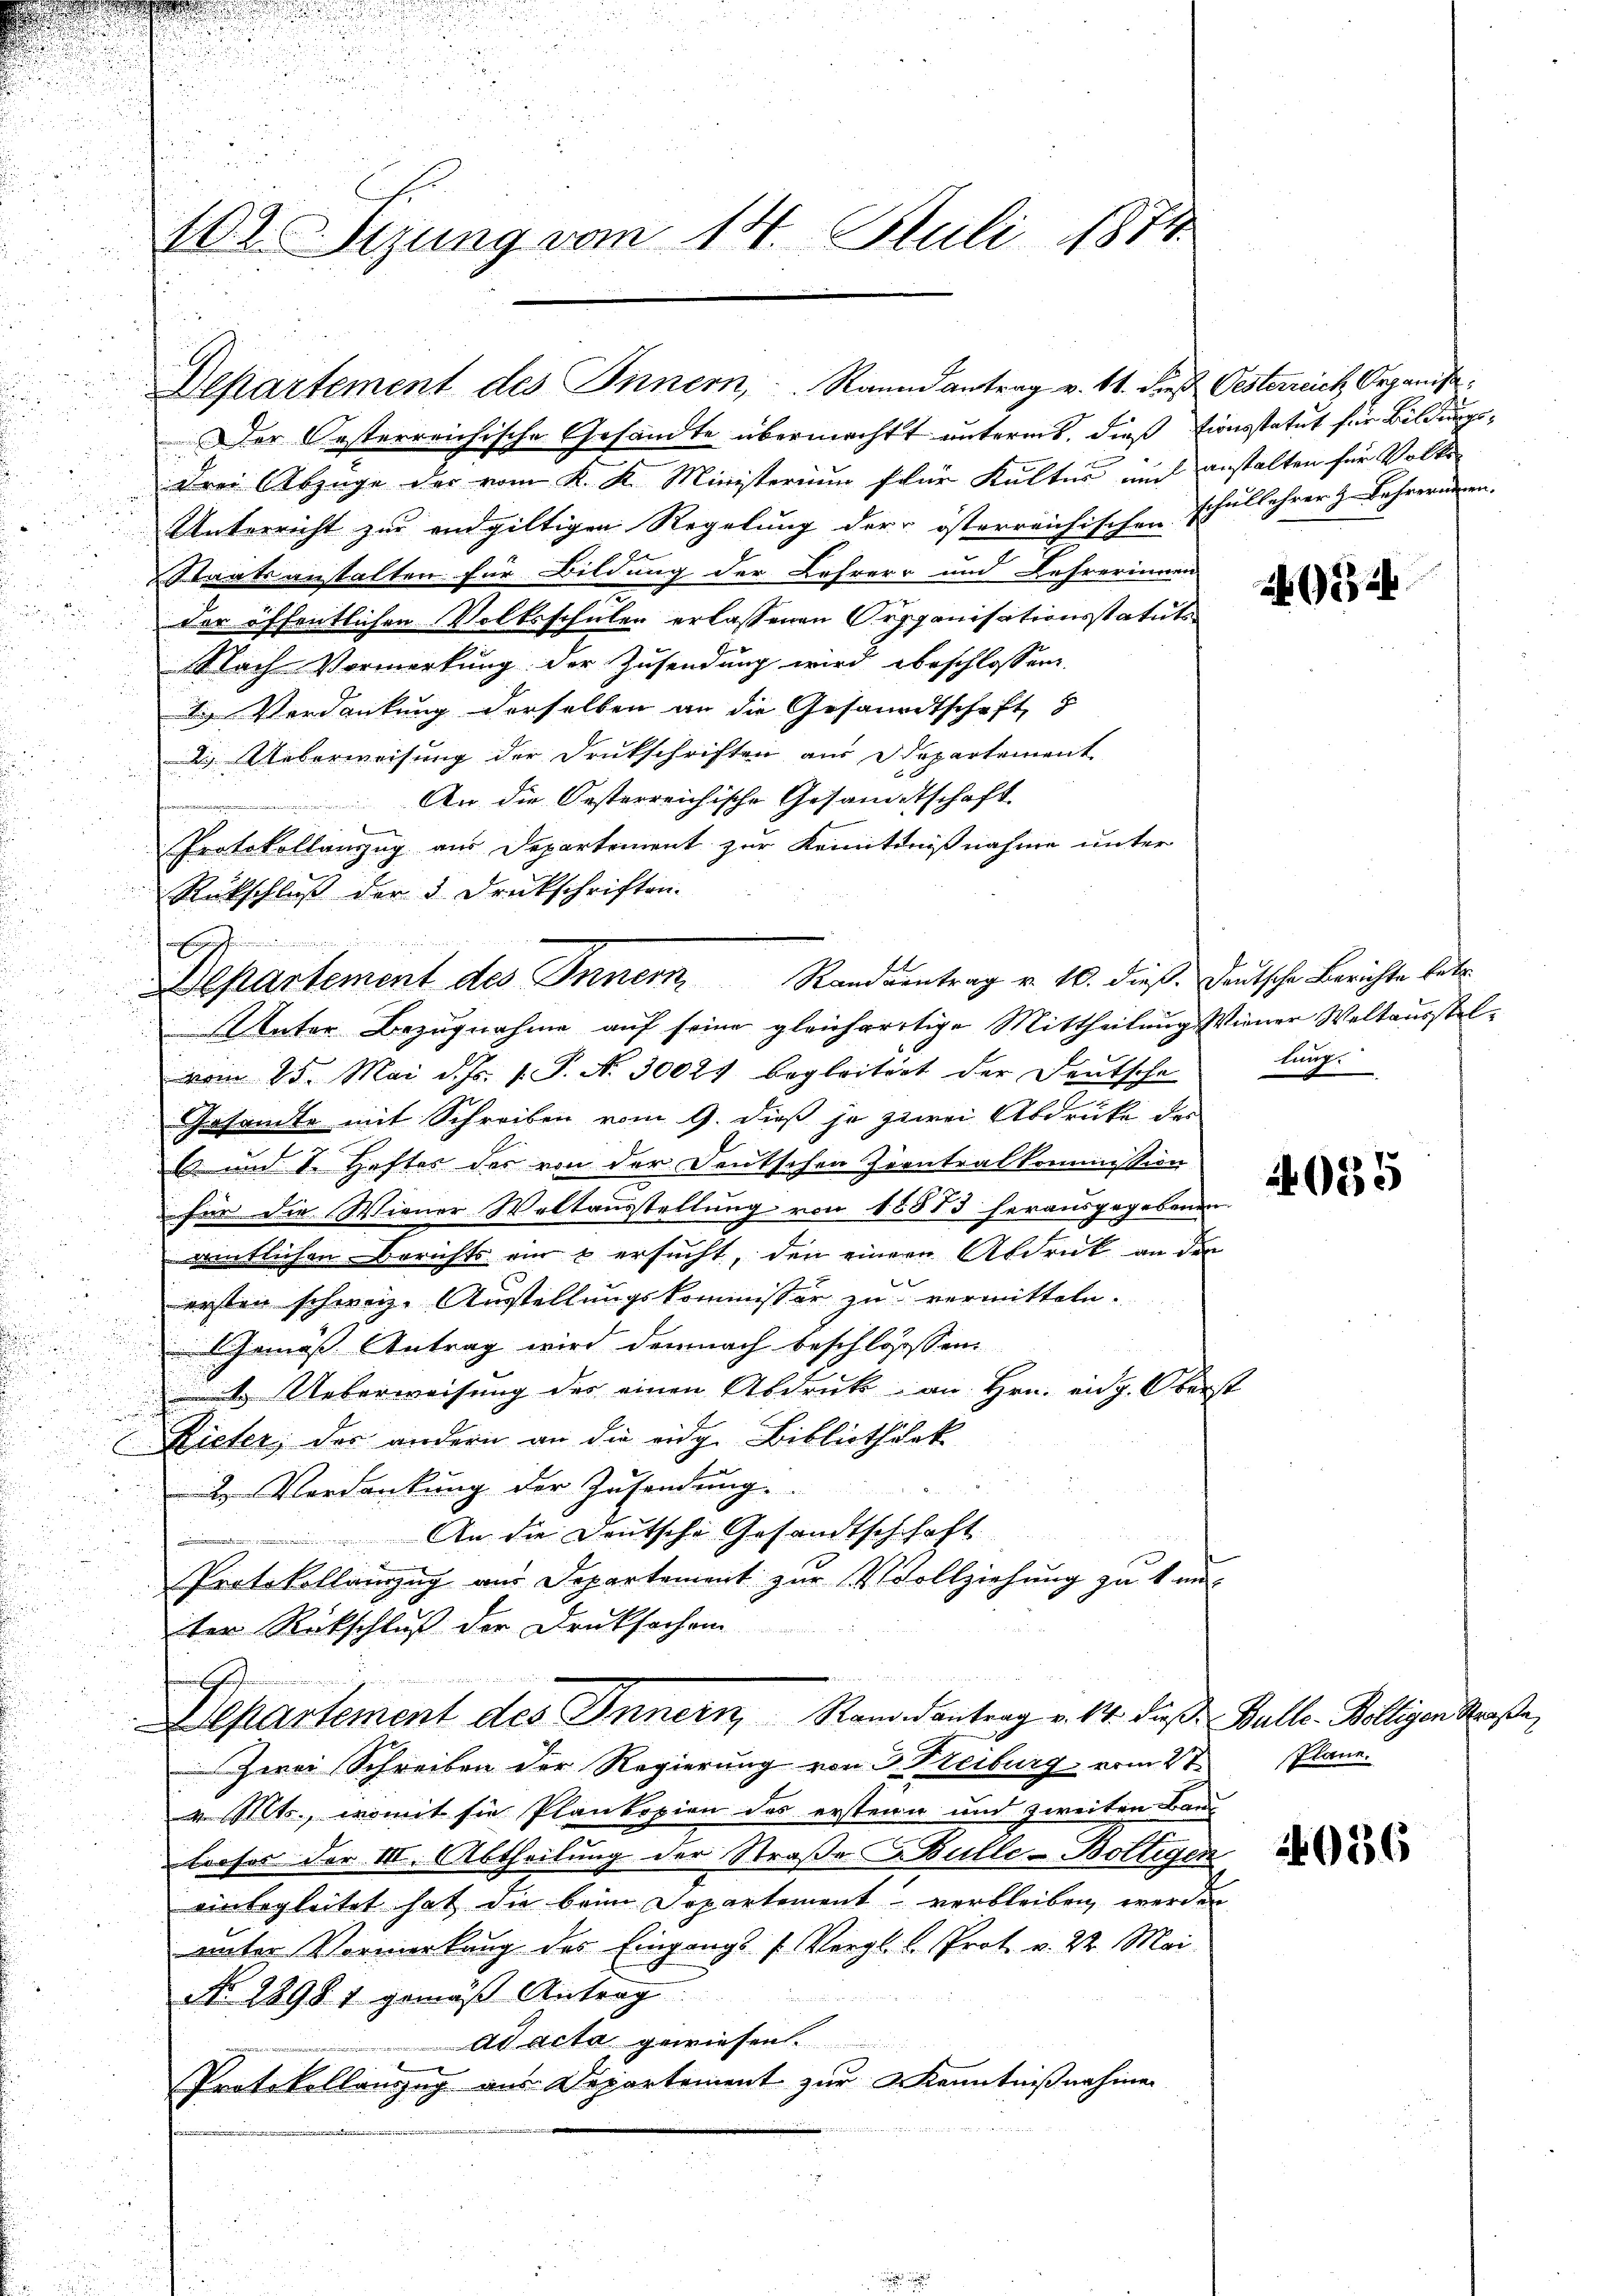
n

n
d
u

102. Sizung vom 14. Juli 1874.

Departement des Innern, Raundantrag v. 11. dies Oesterreich Organis

Der Oesterreichische Gesandte übermachtt unterms, dieß tionsstatut für Bildungs¬
u
drei Abzüge der vom K. K. Ministerium für Kultur auch anstalten für Volks
Unterricht zur endgültigen Regelung der österreichischen Schullehrer & Lehrerinnen.
Staatsanstalten für Bildung der Lehrere und Lehrerinnen
der öffentlichen Volksschulen erlassenen Organisationsstatuts
Nach Vormerkung der Zusendung wird beschlossen
 Verdankung derselben an die Gesandtschaft
2. Ueberweisung der Drukschriften aus Departement
An die Oesterreichische Gesandtschaft
Protokollanzug aus Departement zur Kenntnißnahme unter
Rückschluß der 5 Druckschriften.
Unter Bezugnahme auf seine gleichartige Mittheilung Wiener Weltausstelvom 25. Mai d. Js. 1. P. N. 30024 begleitert der Deutsche lang¬
Gesamte mit Schreiben vom 9. dieß je zwei Abdrüke der
E und I. Heftes der von der Deutschen Scontralkommission
für die Wiener Weltausstellung von 18873 herausgegebenen
amtlichen Berichts ein & ersucht, den einem Abdruck an den
ersten schweiz. Ausstellungskommissär zu vermitteln.
i
Gemäß Antrag wird demnach beschlosssen.
1. Ueberweisung des einen Abdruk an Hrn. eidg. Ober

Rieter, der andern an die eidg. Bibliotheck
2 Verdankung der Zusendung.
An die Deutsche Gesandtschhaft
Protokollanzug aus Departement zur Vollziehung zu 1 mi
ter Rückschluß der Drucksachen

Aepartement des Innern Randantrag v. 14. dieß Bulle-Billigen Straße,
Zwei Schreiben der Regierung von 3 Bleiburg vom 23. Plane.
v. Mts., womit sie Plankopien des erstern und zweiten Bau-
lieser der III. Abtheilung der Straße Bulle-Boltigen
einbegleitet hat die beim Departement verbleiben werden
unter Vormerkung des Eingangs (Vergl. C. Prot. v. 22. Mai.
No. 2898 1 gemäß Antrag
ad acta gewiesen.
Protokollenzug aus Departement zur Kenntnißnahme
u

u

Departement des Innern Randrentrag v. 10. dieß. Deutsche Berichte betr

524

2035

4036